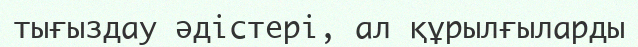
тығыздау әдістері, ал құрылғыларды